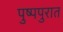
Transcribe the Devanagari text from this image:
पुष्पपुरात